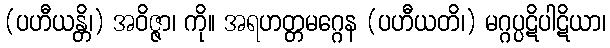
(ပဟီယန္တိ၊) အဝိဇ္ဇာ၊ ကို။ အရဟတ္တမဂ္ဂေန (ပဟီယတိ၊) မဂ္ဂပ္ပဋိပါဋိယာ၊